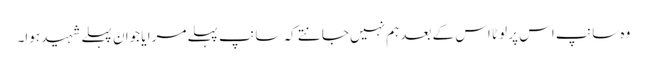
وہ سانپ اس پر لوٹا اس کے بعد ہم نہیں جانتے کہ سانپ پہلے مرا یا جوان پہلے شہید ہوا۔